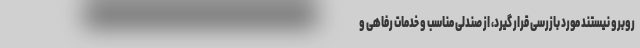
روبرو نیستند مورد بازرسی قرار گیرد، از صندلی مناسب و خدمات رفاهی و